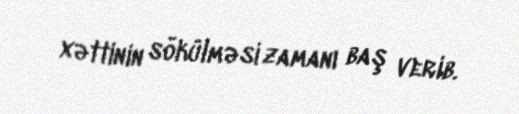
xəttinin sökülməsi zamanı baş verib.